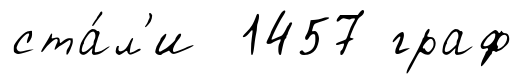
ста́л'и 1457 граф